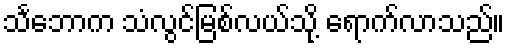
သင်္ဘောက သံလွင်မြစ်လယ်သို့ ရောက်လာသည်။